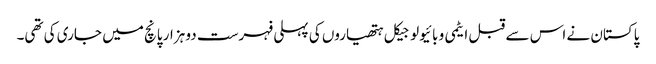
پاکستان نے اس سے قبل ایٹمی و بائیولوجیکل ہتھیاروں کی پہلی فہرست دو ہزار پانچ میں جاری کی تھی۔